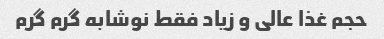
حجم غذا عالی و زیاد فقط نوشابه گرم گرم